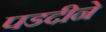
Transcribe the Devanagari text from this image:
पडदीने